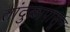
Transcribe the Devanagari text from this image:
तांदुळापासून